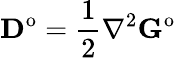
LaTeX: \mathbf{D}^{\mathrm{o}}=\frac{1}{2}\nabla^{2}\mathbf{G}^{\mathrm{o}}